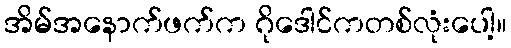
အိမ်အနောက်ဖက်က ဂိုဒေါင်ကတစ်လုံးပေါ့။